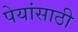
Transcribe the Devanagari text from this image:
पेयांसाठी